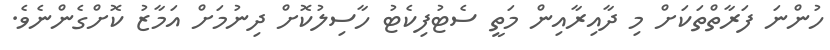
ހުންނަ ފަރާތްތަކަށް މި ދާއިރާއިން މަތީ ސެޓުފިކެޓު ހާސިލުކޮށް ދިނުމަށް އަމާޒު ކޮށްގެންނެވެ.